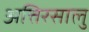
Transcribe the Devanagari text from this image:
अत्तिरसालु